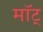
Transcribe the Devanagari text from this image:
माॅट्